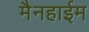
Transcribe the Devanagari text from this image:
मैनहाईम